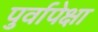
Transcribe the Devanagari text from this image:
पुर्वापेक्षा